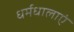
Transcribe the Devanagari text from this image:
धर्मधालाएं